Report on vaccination in the Province of Bengal - 1874-1889
Year: 1874
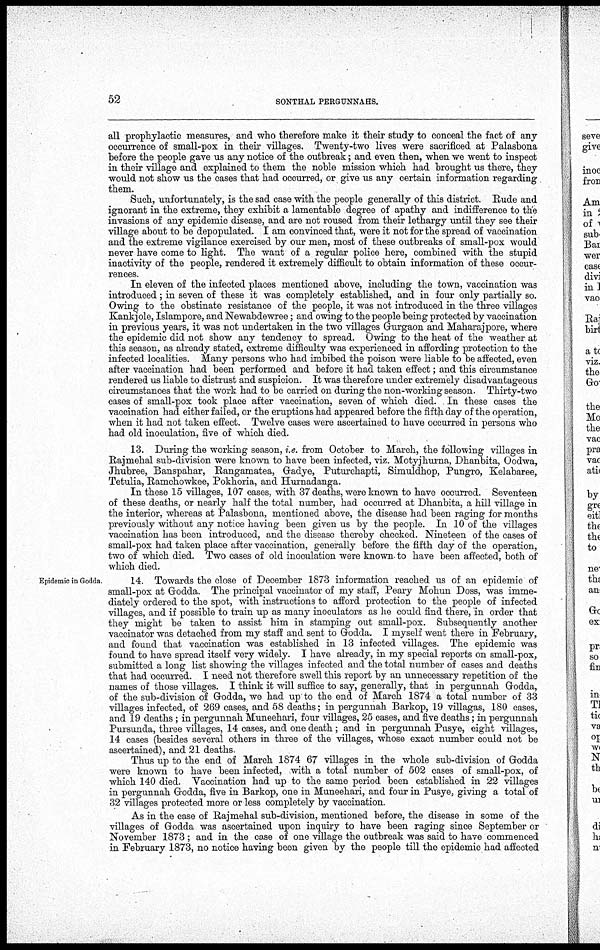
52
SONTHAL PERGUNNAHS.
all prophylactic measures, and who therefore make it their study to conceal the fact of any
occurrence of small-pox in their villages. Twenty-two lives were sacrificed at Palasbona
before the people gave us any notice of the outbreak; and even then, when we went to inspect
in their village and explained to them the noble mission which had brought us there, they
would not show us the cases that had occurred, or give us any certain information regarding
them.
Such, unfortunately, is the sad case with the people generally of this district. Rude and
ignorant in the extreme, they exhibit a lamentable degree of apathy and indifference to the
invasions of any epidemic disease, and are not roused from their lethargy until they see their
village about to be depopulated. I am convinced that, were it not for the spread of vaccination
and the extreme vigilance exercised by our men, most of these outbreaks of small-pox would
never have come to light. The want of a regular police here, combined with the stupid
inactivity of the people, rendered it extremely difficult to obtain information of these occur-
rences.
In eleven of the infected places mentioned above, including the town, vaccination was
introduced; in seven of these it was completely established, and in four only partially so.
Owing to the obstinate resistance of the people, it was not introduced in the three villages
Kankjole, Islampore, and Newabdewree; and owing to the people being protected by vaccination
in previous years, it was not undertaken in the two villages Gurgaon and Maharajpore, where
the epidemic did not show any tendency to spread. Owing to the heat of the weather at
this season, as already stated, extreme difficulty was experienced in affording protection to the
infected localities. Many persons who had imbibed the poison were liable to be affected, even
after vaccination had been performed and before it had taken effect; and this circumstance
rendered us liable to distrust and suspicion. It was therefore under extremely disadvantageous
circumstances that the work had to be carried on during the non-working season. Thirty-two
cases of small-pox took place after vaccination, seven of which died. In these cases the
vaccination had either failed, or the eruptions had appeared before the fifth day of the operation,
when it had not taken effect. Twelve cases were ascertained to have occurred in persons who
had old inoculation, five of which died.
13. During the working season, i.e. from October to March, the following villages in
Rajmehal sub-division were known to have been infected, viz. Motyjhurna, Dhanbita, Oodwa,
Jhubree, Banspahar, Rangamatea, Gadye, Puturchapti, Simuldhop, Pungro, Kelabaree,
Tetulia, Ramchowkee, Pokhoria, and Hurnadanga.
In these 15 villages, 107 cases, with 37 deaths, were known to have occurred. Seventeen
of these deaths, or nearly half the total number, had occurred at Dhanbita, a hill village in
the interior, whereas at Palasbona, mentioned above, the disease had been raging for months
previously without any notice having been given us by the people. In 10 of the villages
vaccination has been introduced, and the disease thereby checked. Nineteen of the cases of
small-pox had taken place after vaccination, generally before the fifth day of the operation,
two of which died. Two cases of old inoculation were known to have been affected, both of
which died.
Epidemic in Godda.
14. Towards the close of December 1873 information reached us of an epidemic of
small-pox at Godda. The principal vaccinator of my staff, Peary Mohun Doss, was imme-
diately ordered to the spot, with instructions to afford protection to the people of infected
villages, and if possible to train up as many inoculators as he could find there, in order that
they might be taken to assist him in stamping out small-pox. Subsequently another
vaccinator was detached from my staff and sent to Godda. I myself went there in February,
and found that vaccination was established in 13 infected villages. The epidemic was
found to have spread itself very widely. I have already, in my special reports on small-pox,
submitted a long list showing the villages infected and the total number of cases and deaths
that had occurred. I need not therefore swell this report by an unnecessary repetition of the
names of those villages. I think it will suffice to say, generally, that in pergunnah Godda,
of the sub-division of Godda, we had up to the end of March 1874 a total number of 33
villages infected, of 269 cases, and 58 deaths; in pergunnah Barkop, 19 villagas, 180 cases,
and 19 deaths; in pergunnah Muneehari, four villages, 25 cases, and five deaths; in pergunnah
Pursunda, three villages, 14 cases, and one death; and in pergunnah Pusye, eight villages,
14 cases (besides several others in three of the villages, whose exact number could not be
ascertained), and 21 deaths.
Thus up to the end of March 1874 67 villages in the whole sub-division of Godda
were known to have been infected, with a total number of 502 cases of small-pox, of
which 140 died. Vaccination had up to the same period been established in 22 villages
in pergunnah Godda, five in Barkop, one in Muneehari, and four in Pusye, giving a total of
32 villages protected more or less completely by vaccination.
As in the case of Rajmehal sub-division, mentioned before, the disease in some of the
villages of Godda was ascertained upon inquiry to have been raging since September or
November 1873 ; and in the case of one village the outbreak was said to have commenced
in February 1873, no notice having been given by the people till the epidemic had affected